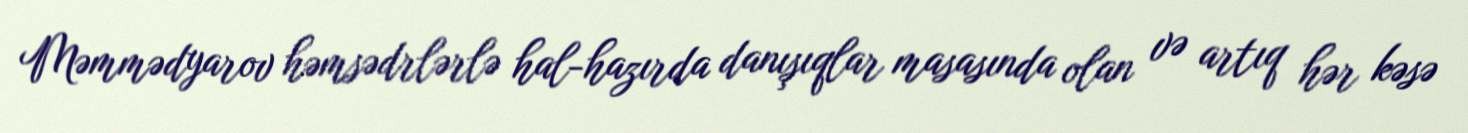
Məmmədyarov həmsədrlərlə hal-hazırda danışıqlar masasında olan və artıq hər kəsə